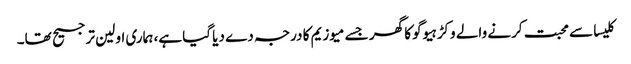
کلیسا سے محبت کرنے والے وکڑ ہیوگو کا گھر جسے میوزیم کا درجہ دے دیا گیا ہے، ہماری اولین ترجیح تھا۔